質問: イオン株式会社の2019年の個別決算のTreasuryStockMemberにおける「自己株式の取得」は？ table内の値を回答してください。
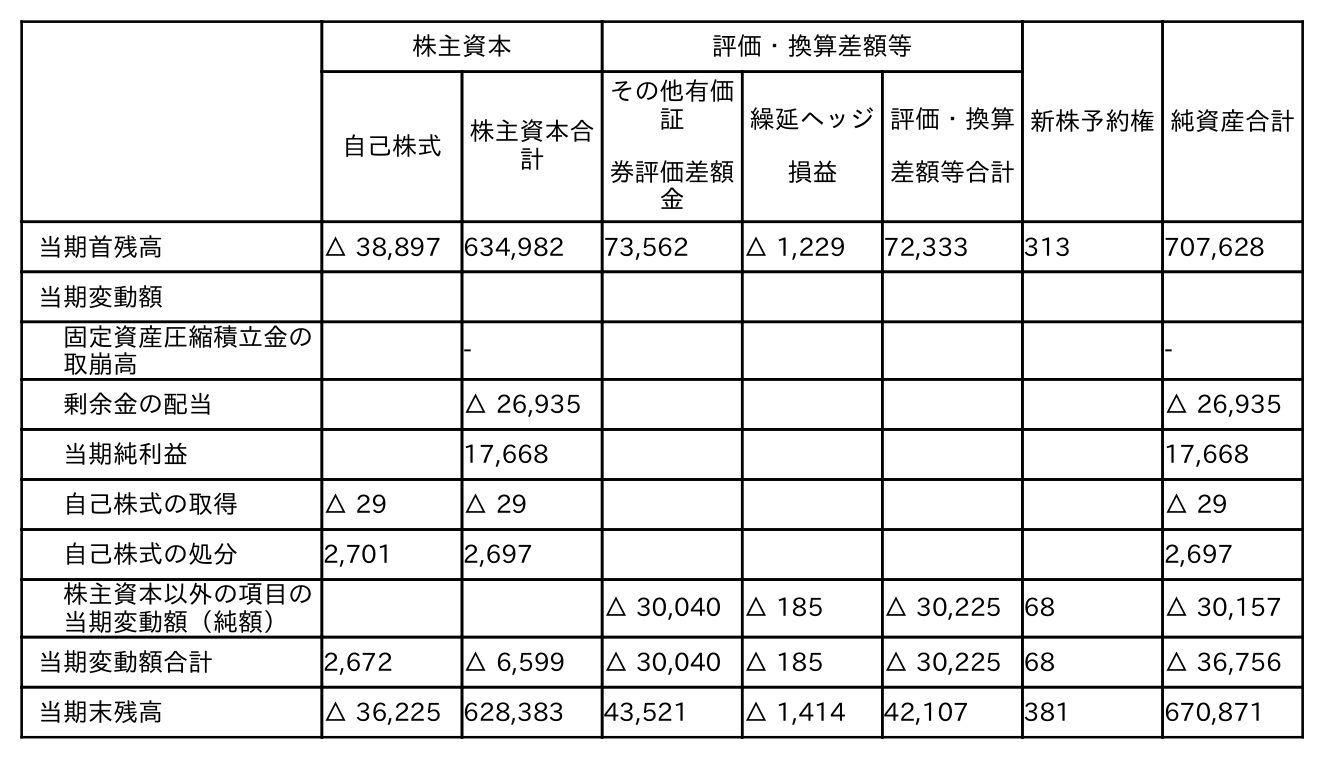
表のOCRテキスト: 株主資本 評価・換算差額等 新株予約権純資産合計 自己株式 株主資本合 計 その他有価 証 券評価差額 金 繰延ヘッジ 損益 評価・換算 差額等合計 当期首残高 △ 38,897 634,982 73,562 △ 1,229 72,333 313 707,628 当期変動額 固定資産圧縮積立金の 取崩高 - - 剰余金の配当 △ 26,935 △ 26,935 当期純利益 17,668 17,668 自己株式の取得 △ 29 △ 29 △ 29 自己株式の処分 2,701 2,697 2,697 株主資本以外の項目の 当期変動額（純額） △ 30,040 △ 185 △ 30,225 68 △ 30,157 当期変動額合計 2,672 △ 6,599 △ 30,040 △ 185 △ 30,225 68 △ 36,756 当期末残高 △ 36,225 628,383 43,521 △ 1,414 42,107 381 670,871
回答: △29